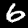
Label: 6